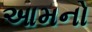
આમનો